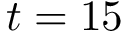
t = 1 5